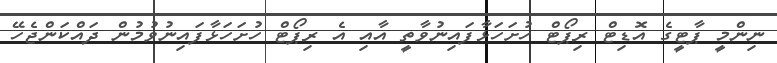
ނިންމީ ޕާޓީގެ އޮޑިޓް ރިޕޯޓް ހުށަހަޅާފައިނުވާތީ އާއި އެ ރިޕޯޓް ހުށަހަޅާފައިނުވުމުން ދައްކަންޖެހޭ